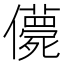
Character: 𠐿